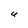
Character: U